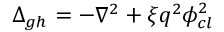
\Delta _ { g h } = - \nabla ^ { 2 } + \xi q ^ { 2 } \phi _ { c l } ^ { 2 }